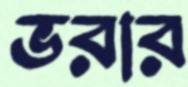
ভরার